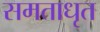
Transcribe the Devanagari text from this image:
समताधृत